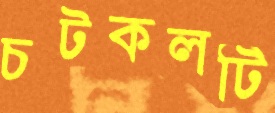
চটকলটি